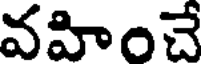
వహించే